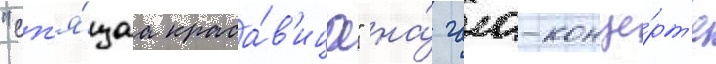
"сп'я́щаа краса́в'ица" на́ гала-конце́рт'е